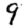
Digit: 9